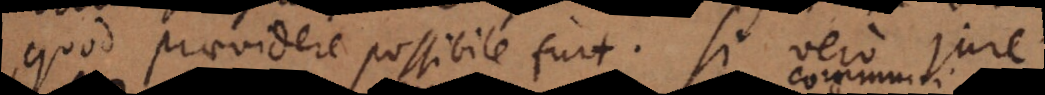
quod praevidere possibile fuit. Si vero jure